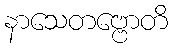
နာသေတဗ္ဗောတိ